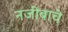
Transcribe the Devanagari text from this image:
नजीबाचे